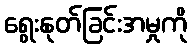
ရွေးနုတ်ခြင်းအမှုကို